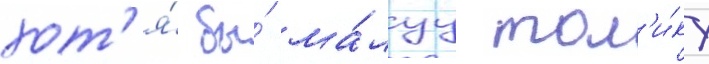
хот'я́ бы́ ма́луу тол'и́ку